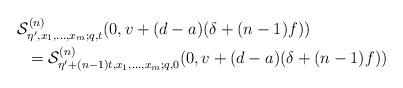
LaTeX: \begin{gather*} {\cal S}^{(n)}_{\eta',x_1,\dots,x_m;q,t}(0,v+(d-a)(\delta+(n-1)f)) \\ \phantom{{\cal S}^{(n)}_{\eta',x_1,\dots,x_m;q,t}}{} = {\cal S}^{(n)}_{\eta'+(n-1)t,x_1,\dots,x_m;q,0}(0,v+(d-a)(\delta+(n-1)f)) \end{gather*}